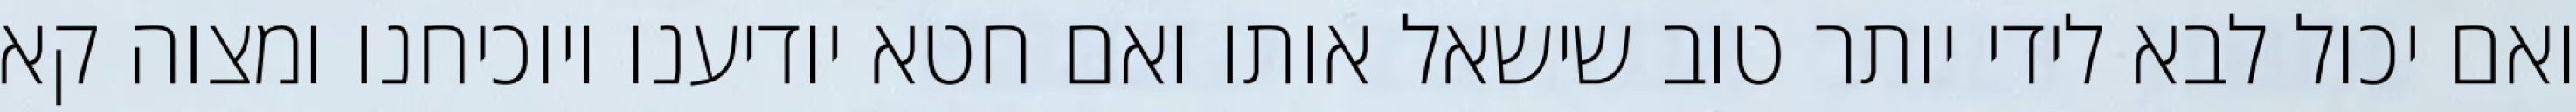
ואם יכול לבא לידי יותר טוב שישאל אותו ואם חטא יודיענו ויוכיחנו ומצוה קא